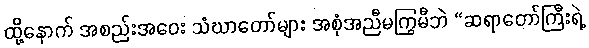
ထို့နောက် အစည်းအဝေး သံဃာတော်များ အစုံအညီမကြွမီဘဲ “ဆရာတော်ကြီးရဲ့